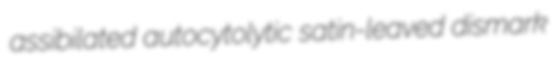
assibilated autocytolytic satin-leaved dismark